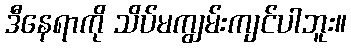
ဒီနေရာကို သိပ်မကျွမ်းကျင်ပါဘူး။